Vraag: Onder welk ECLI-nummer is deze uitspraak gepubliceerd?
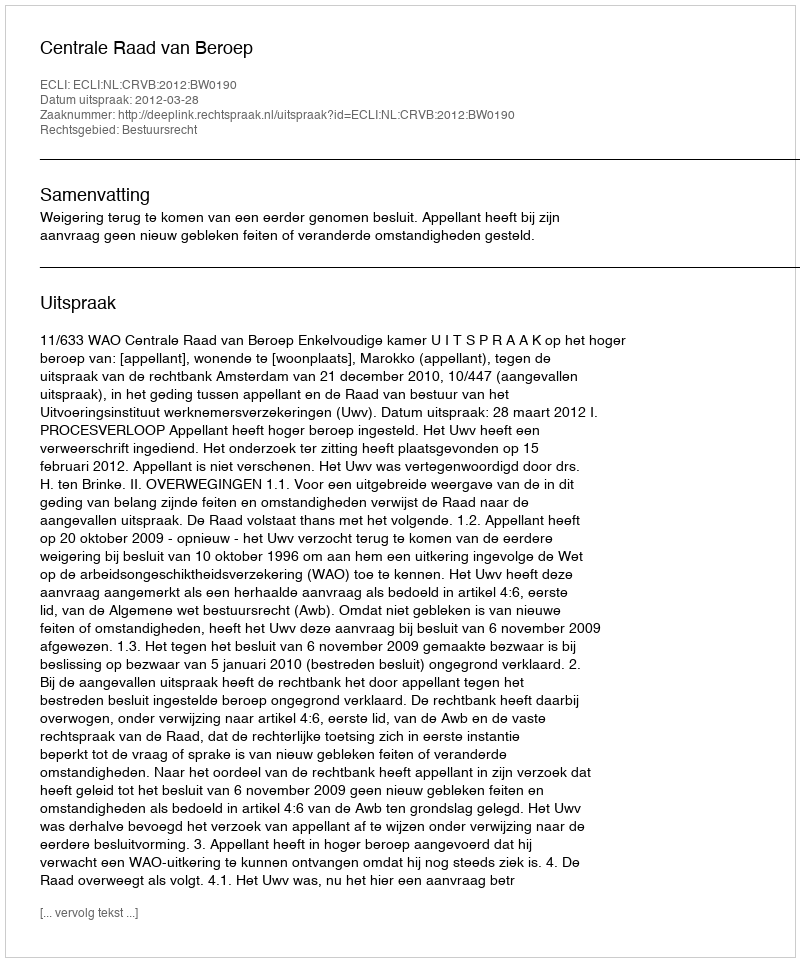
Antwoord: ECLI:NL:CRVB:2012:BW0190